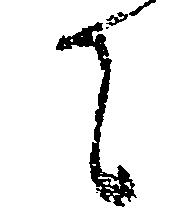
て